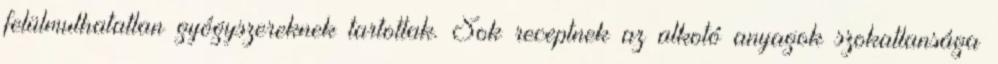
felülmulhatatlan gyógyszereknek tartottak. Sok receptnek az alkotó anyagok szokatlansága